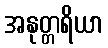
အနုတ္တရိယာ